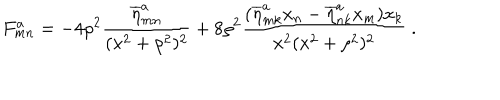
F _ { m n } ^ { a } = - 4 \rho ^ { 2 } \frac { \overline { { \eta } } _ { m n } ^ { a } } { ( x ^ { 2 } + \rho ^ { 2 } ) ^ { 2 } } + 8 \rho ^ { 2 } \frac { ( \overline { { \eta } } _ { m k } ^ { a } x _ { n } - \overline { { \eta } } _ { n k } ^ { a } x _ { m } ) x _ { k } } { x ^ { 2 } ( x ^ { 2 } + \rho ^ { 2 } ) ^ { 2 } } ~ .